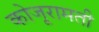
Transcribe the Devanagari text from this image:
कोजूरामती